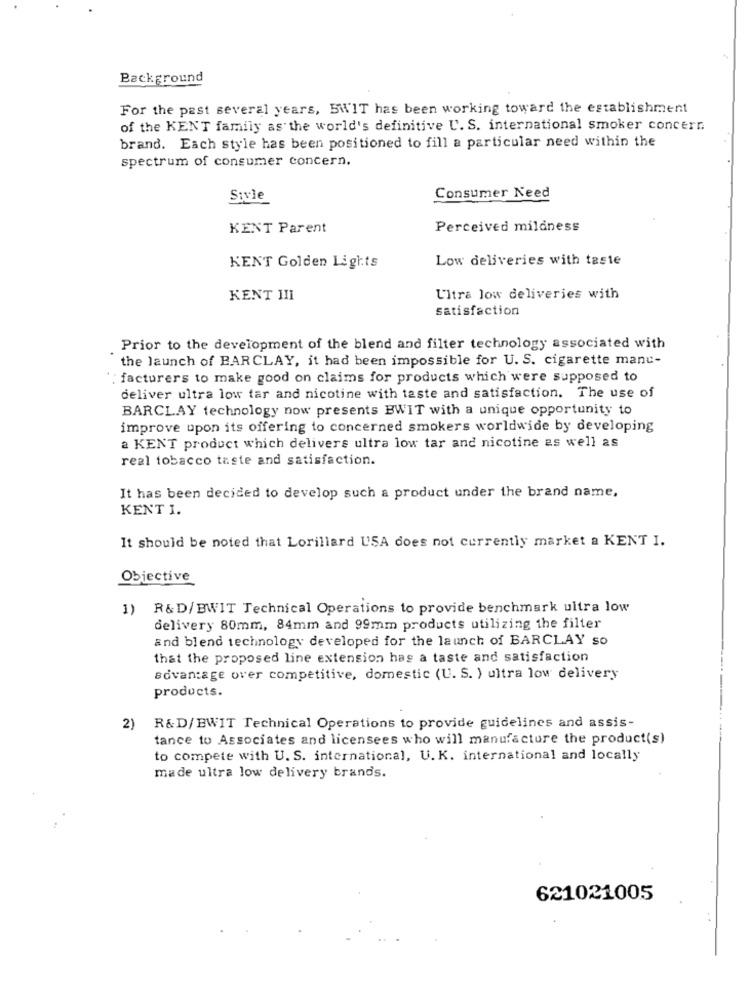
Background
For the past several years, BW'IT has been working toward the establishment
of the KENT family as the world's definitive U. S. international smoker concern
brand. Each style has been positioned to fill a particular need within the
spectrum of consumer concern.
Sivle
Consumer Need
KENT Parent
Perceived mildness
Low deliveries with taste
KENT Golden Lights
KENT III
Ultra low deliveries with
satisfaction
Prior to the development of the blend and filter technology associated with
the launch of BARCLAY, it had been impossible for U. S. cigarette manu-
facturers to make good on claims for products which were supposed to
deliver ultra low tar and nicotine with taste and satisfaction. The use of
BARCLAY technology now presents BWIT with a unique opportunity to
improve upon its offering to concerned smokers worldwide by developing
a KENT product which delivers ultra low tar and nicotine as well as
real tobacco taste and satisfaction.
It has been decided to develop such a product under the brand name,
KENT I.
It should be noted that Lorillard USA does not currently market a KENT I.
Objective
1) R&D/BWIT Technical Operations to provide benchmark ultra low
delivery 80mm, 84mm and 99mm products utilizing the filter
and blend technology developed for the launch of BARCLAY so
that the proposed line extension has a taste and satisfaction
advantage over competitive, domestic (U. S. ) ultra low delivery
products.
2)
R&D/EWIT Technical Operations to provide guidelines and assis-
tance to Associates and licensees who will manufacture the product(s)
to compete with U. S. international, U.K. international and locally
made ultra low delivery brands.
621021005
..